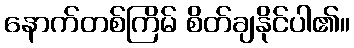
နောက်တစ်ကြိမ် စိတ်ချနိုင်ပါ၏။